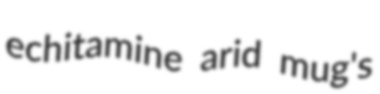
echitamine arid mug's